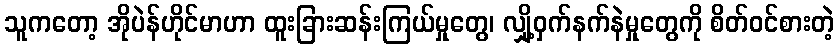
သူကတော့ အိုပဲန်ဟိုင်မာဟာ ထူးခြားဆန်းကြယ်မှုတွေ၊ လျှို့ဝှက်နက်နဲမှုတွေကို စိတ်ဝင်စားတဲ့